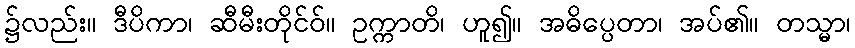
၌လည်း။ ဒီပိကာ၊ ဆီမီးတိုင်ဝ်။ ဥက္ကာတိ၊ ဟူ၍။ အဓိပ္ပေတာ၊ အပ်၏။ တသ္မာ၊